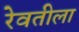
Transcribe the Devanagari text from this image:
रेवतीला